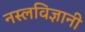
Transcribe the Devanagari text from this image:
नस्लविज्ञानी